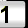
Digit: 1